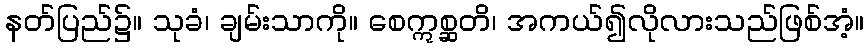
နတ်ပြည်၌။ သုခံ၊ ချမ်းသာကို။ စေဣစ္ဆတိ၊ အကယ်၍လိုလားသည်ဖြစ်အံ့။